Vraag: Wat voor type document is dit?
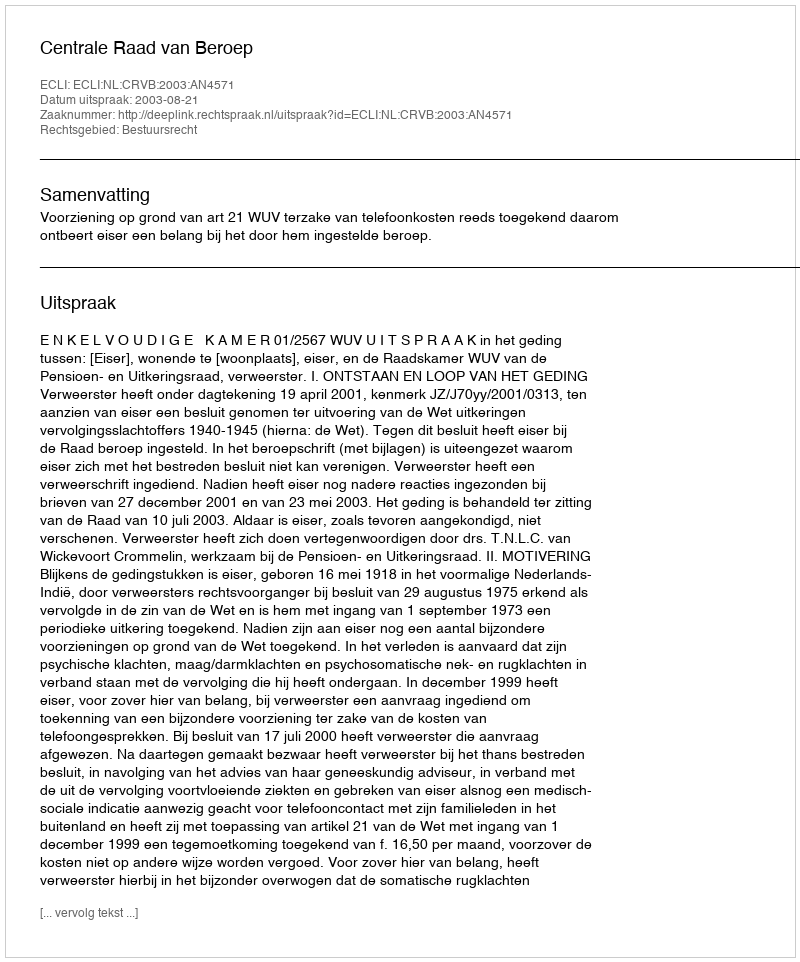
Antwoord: Uitspraak